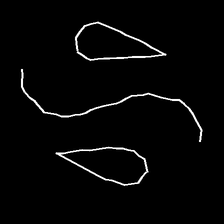
Glyph: water